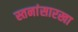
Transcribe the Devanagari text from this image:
स्तनांसारखा